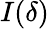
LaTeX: I(\delta)